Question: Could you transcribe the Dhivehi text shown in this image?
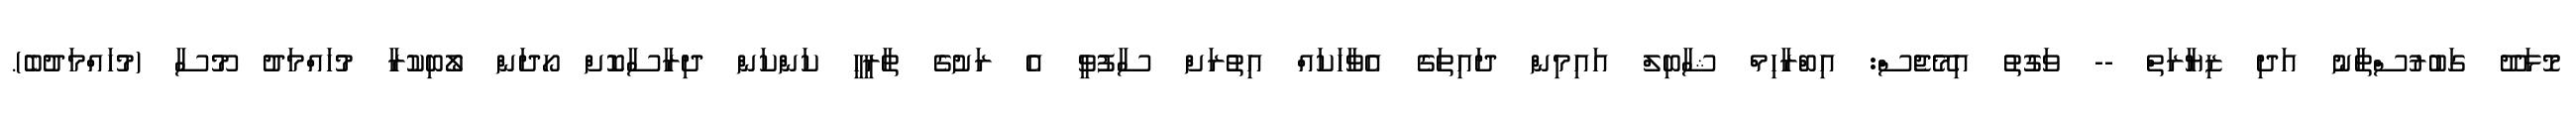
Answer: މޮޅަދޫ ގަބުރުސްތާނު އަދި ޒިޔާރަތް -- ވަގުތު އިމޭޖެސް: އިބްރާހިމް ޝާބިލް އައިމިން ދައިތަގެ އެވާހަކައް އިތުރަށް ސާފުވީ އެ ރަށުގެ ތާރީހީ ކަންކަން ދިރާސާކޮށް ހޯދަން ލޯބިކުރާ މުހައްމަދު މޫސާ (މުހައްމަދުބެ).